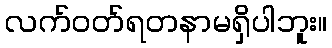
လက်ဝတ်ရတနာမရှိပါဘူး။